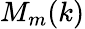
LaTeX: M_{m}(k)